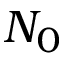
N _ { 0 }